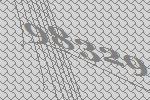
98329